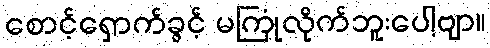
စောင့်ရှောက်ခွင့် မကြုံလိုက်ဘူးပေါ့ဗျာ။